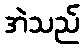
အဲသည်